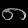
Digit: ၈